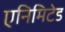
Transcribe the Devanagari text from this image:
एनिमिटेड